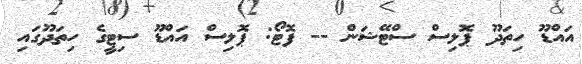
އައްޑޫ ހިތަދޫ ޕޮލިސް ސްޓޭޝަން -- ފޮޓޯ: ޕޮލިސް އައްޑޫ ސިޓީގެ ހިތަދޫގައި